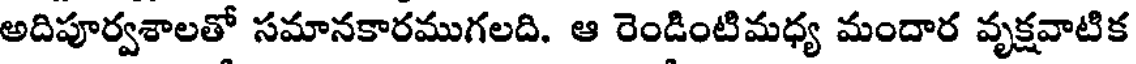
అదిపూర్వశాలతో సమానకారముగలది. ఆ రెండింటిమధ్య మందార వృక్షవాటిక